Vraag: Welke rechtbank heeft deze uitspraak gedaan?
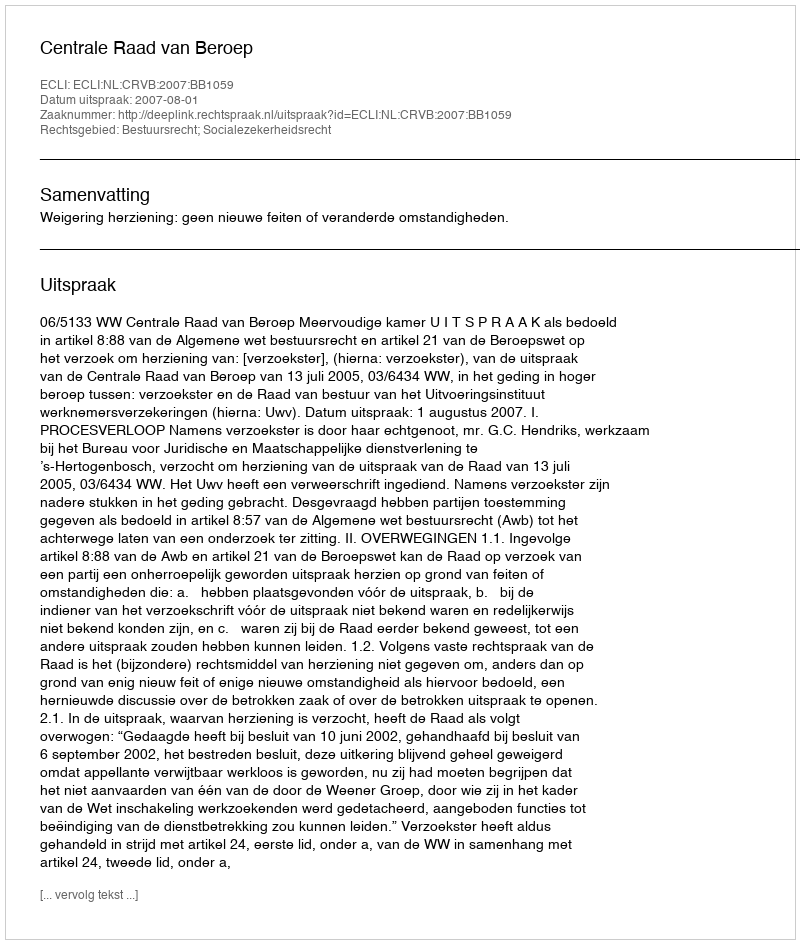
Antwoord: Centrale Raad van Beroep